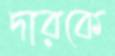
দারকে